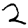
Digit: 2